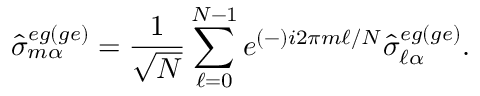
\hat { \sigma } _ { m \alpha } ^ { e g ( g e ) } = \frac { 1 } { \sqrt { N } } \sum _ { \ell = 0 } ^ { N - 1 } e ^ { ( - ) i 2 \pi m \ell / N } \hat { \sigma } _ { \ell \alpha } ^ { e g ( g e ) } .